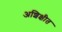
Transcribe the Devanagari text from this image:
अशिक्षीत